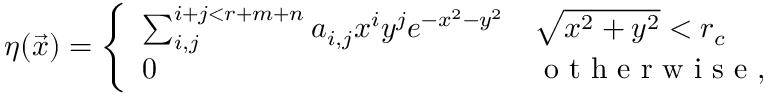
\begin{array} { r } { \eta ( \vec { x } ) = \left\{ \begin{array} { l l } { \sum _ { i , j } ^ { i + j < r + m + n } a _ { i , j } x ^ { i } y ^ { j } e ^ { - x ^ { 2 } - y ^ { 2 } } } & { \sqrt { x ^ { 2 } + y ^ { 2 } } < r _ { c } } \\ { 0 } & { \mathrm { ~ o ~ t ~ h ~ e ~ r ~ w ~ i ~ s ~ e ~ , ~ } } \end{array} \right. } \end{array}